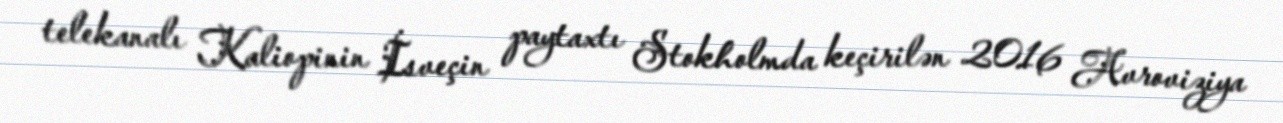
telekanalı Kaliopinin İsveçin paytaxtı Stokholmda keçirilən 2016 Avroviziya